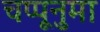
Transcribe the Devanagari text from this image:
चप्पूनुमा